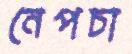
নেপচা